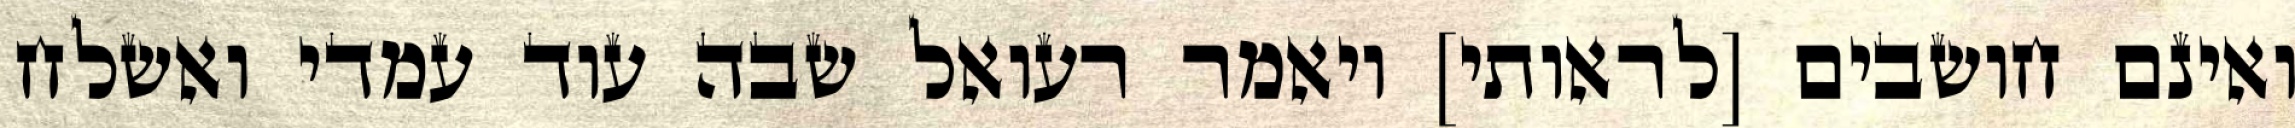
ואינם חושבים [לראותי] ויאמר רעואל שבה עוד עמדי ואשלח